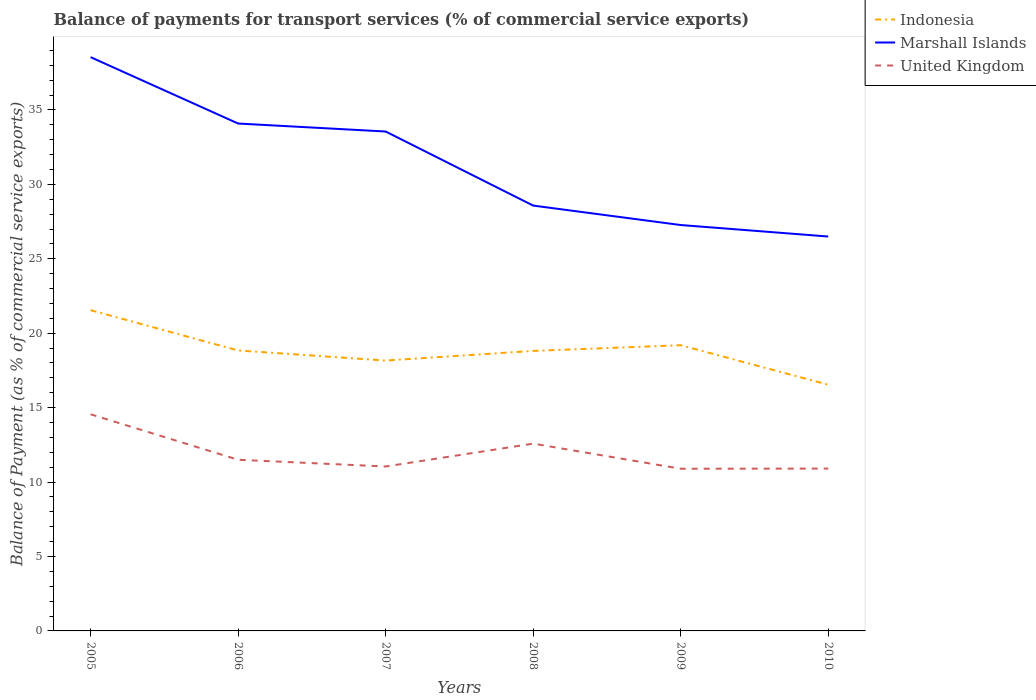
| Years | Indonesia | Marshall Islands | United Kingdom |
 | --- | --- | --- | --- |
 | 2005 | 21.5 | 38.5 | 14.6 |
 | 2006 | 18.8 | 34.1 | 11.5 |
 | 2007 | 18.2 | 33.5 | 11 |
 | 2008 | 18.8 | 28.6 | 12.6 |
 | 2009 | 19.2 | 27.3 | 10.9 |
 | 2010 | 16.5 | 26.5 | 10.9 |